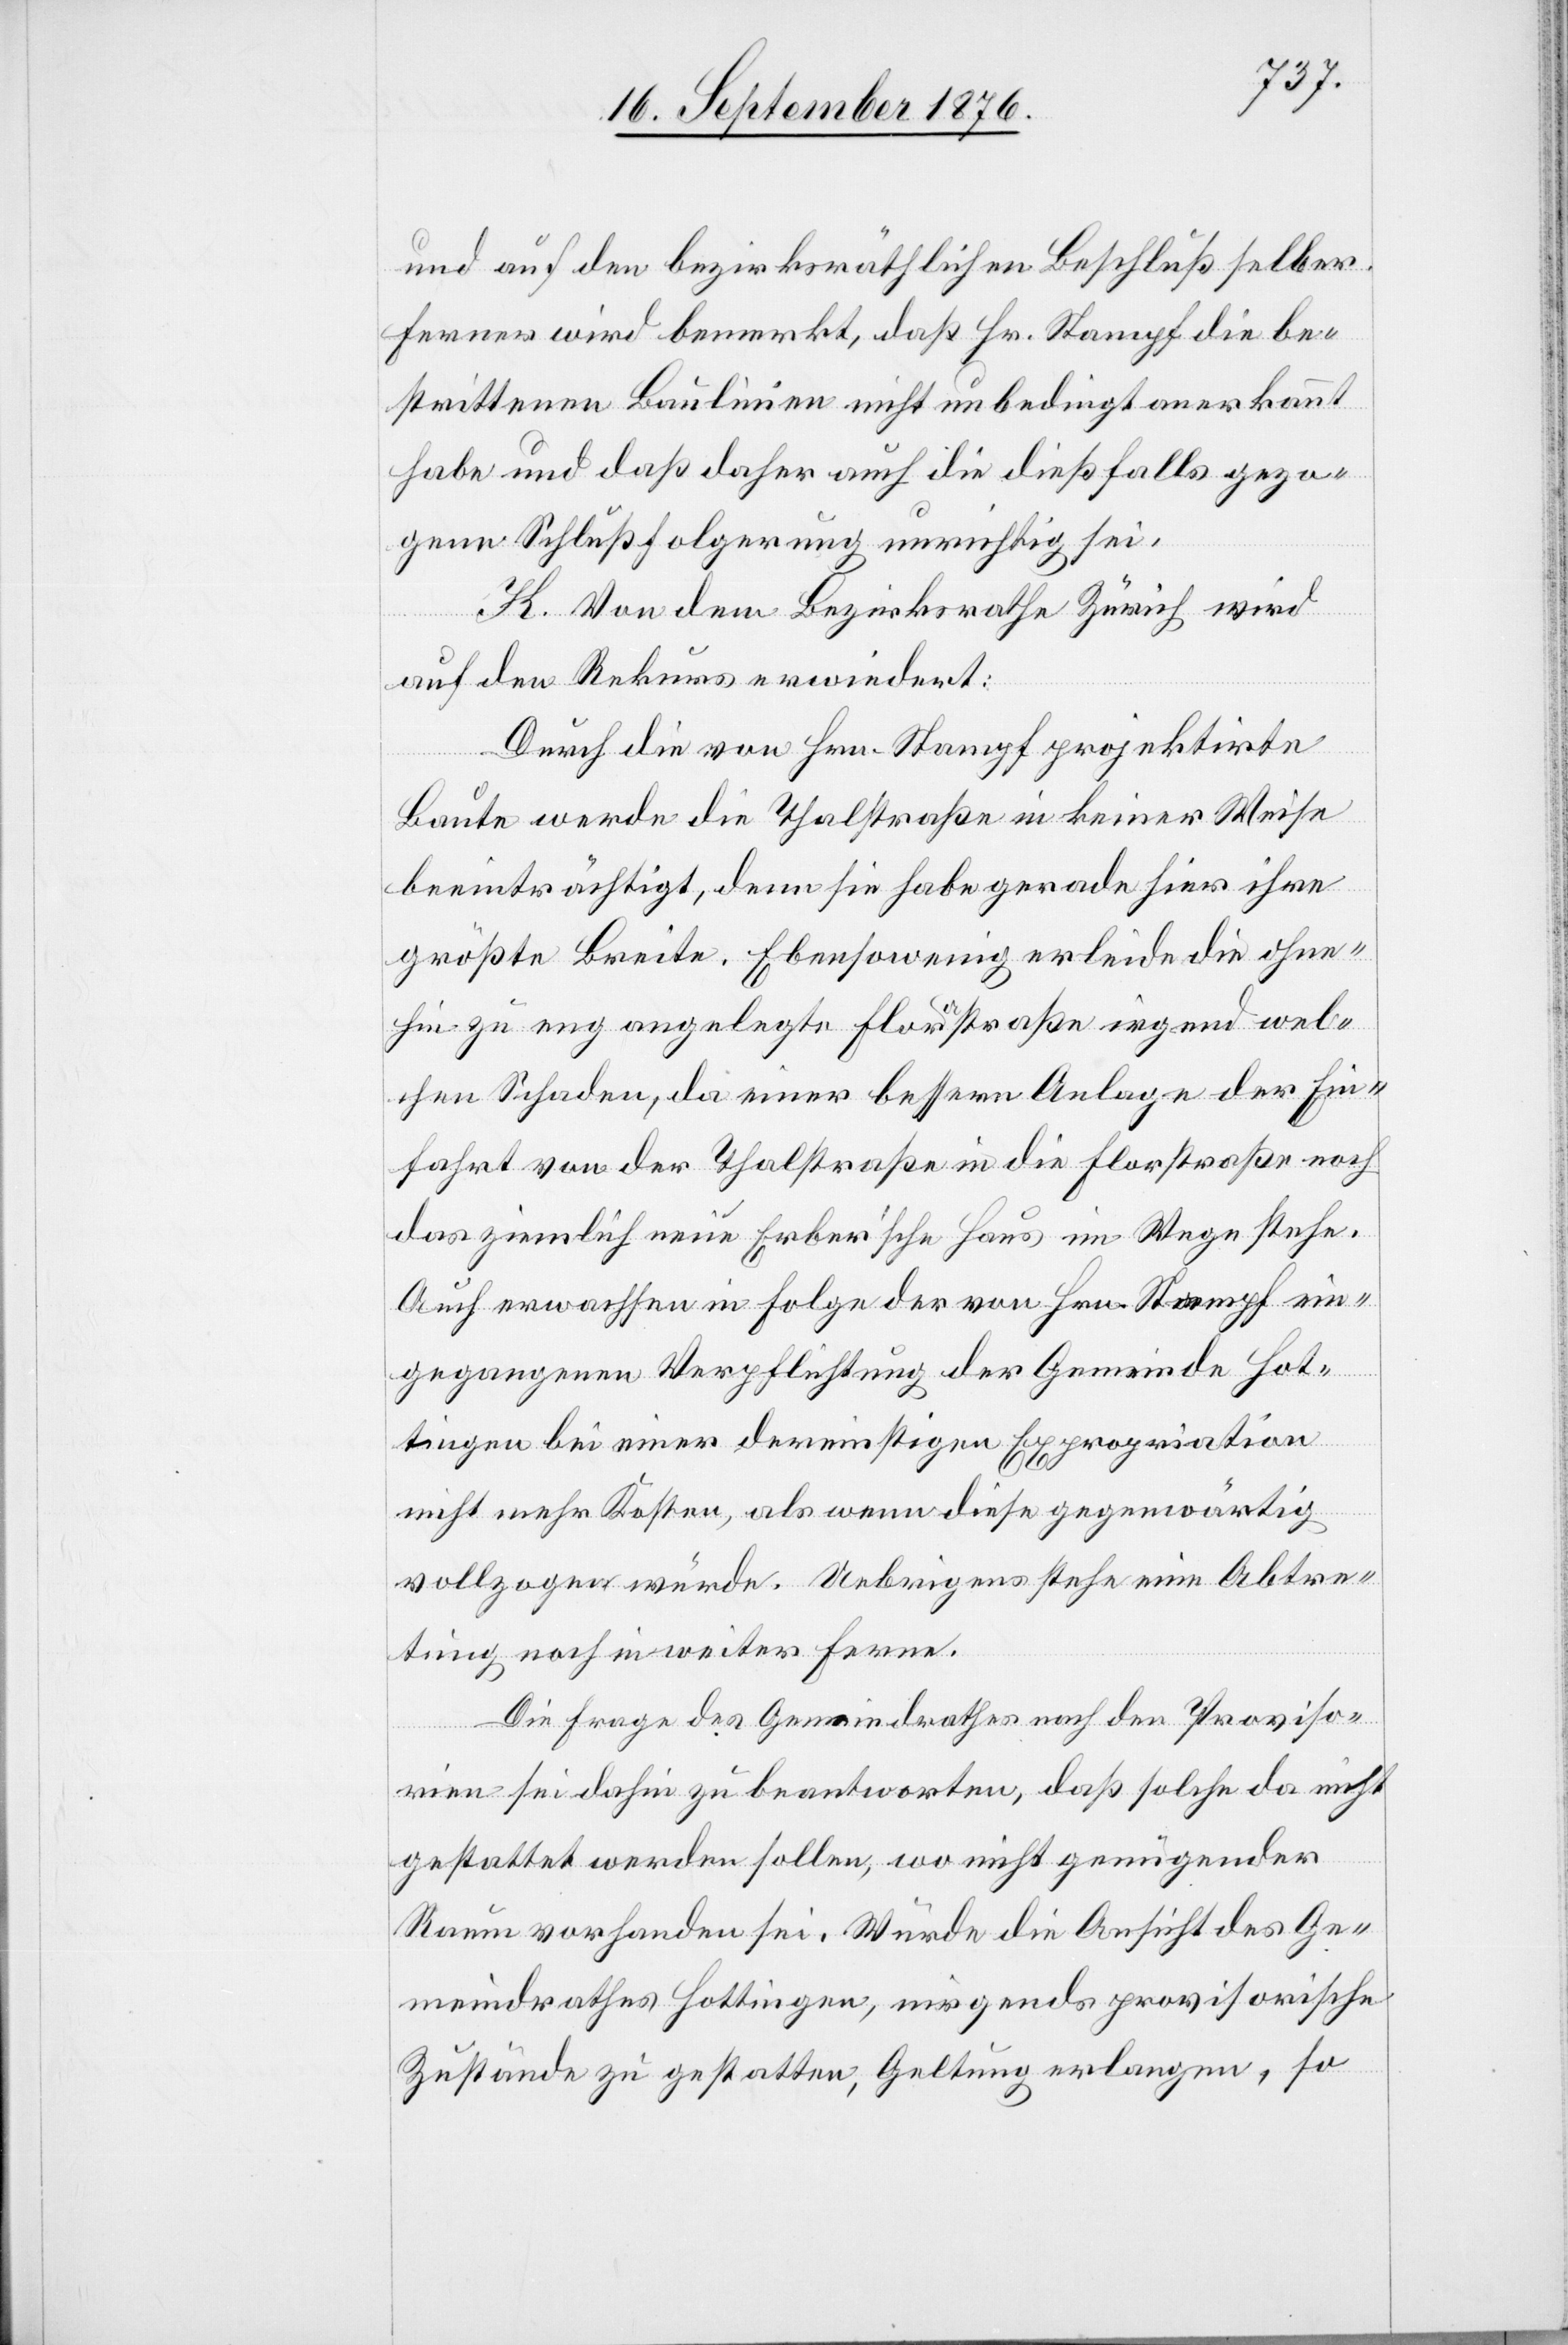
und auf den bezirksräthlichen Beschluß selber
ferner wird bemerkt, daß Hr. Stampf die be¬
strittenen Baulinien nicht unbedingt anerkannt
habe und daß daher auch die dießfalls gezo¬
gene Schlußfolgerung unrichtig sei.
K. Von dem Bezirksrathe Zürich wird
auf den Rekurs erwiedert:
Durch die von Hrn. Stampf projektirte
Baute werde die Thalstraße in keiner Weise
beeinträchtigt, denn sie habe gerade hier ihre
größte Breite. Ebensowenig erleide die ohne¬
hin zu eng angelegte Florastraße irgend wel¬
chen Schaden, da einer bessern Anlage der Ein¬
fahrt von der Thalstraße in die Florastraße noch
das ziemlich neue Eber’sche Haus im Wege stehe.
Auch erwachsen in Folge der von Hrn. Stampf ein¬
gegangenen Verpflichtung der Gemeinde Hot¬
tingen bei einer dereinstigen Expropriation
nicht mehr Kosten, als wenn diese gegenwärtig
vollzogen würde. Uebrigens stehe eine Abtre¬
tung noch in weiter Ferne.
Die Frage des Gemeindrathes nach den Proviso¬
rien sei dahin zu beantworten, daß solche da nicht
gestattet werden sollen, wo nicht genügender
Raum vorhanden sei. Würde die Ansicht des Ge¬
meindrathes zu gestatten, Geltung erlangen, so